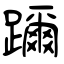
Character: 躎